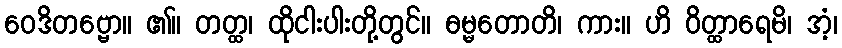
ဝေဒိတဗ္ဗော။ ၏။ တတ္ထ၊ ထိုငါးပါးတို့တွင်။ ဓမ္မတောတိ၊ ကား။ ဟိ ဝိတ္ထာရေမိ၊ အံ့၊